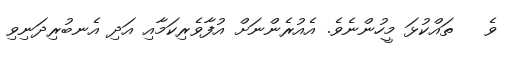
ވެ   ތައްކުޅަ މީހުންނެވެ. އެއުރެންނަށް އުފާވެރިކަމާއި އަދި އެނބުރިދަނިވި